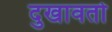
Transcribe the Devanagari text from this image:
दुखावतो